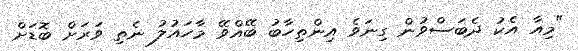
"މިއާ އެކު ދެބަސްވުން ގިނަވެ އިންތިހާބު ބޭއްވޭ މާހައުލު ނެތި ވަރަށް ބޮޑަށް